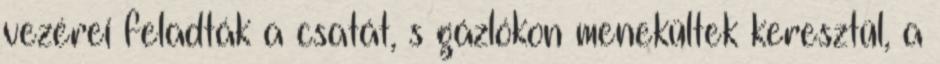
vezérei feladták a csatát, s gázlókon menekültek keresztül, a